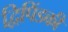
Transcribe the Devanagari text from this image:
द्विपिंडकी